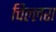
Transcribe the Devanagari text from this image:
चिल्लरा